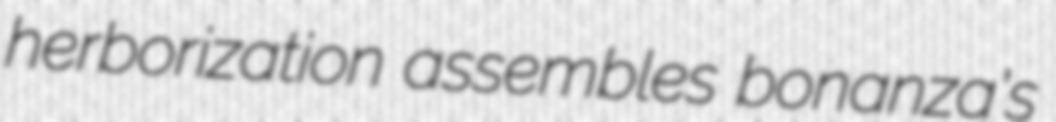
herborization assembles bonanza's